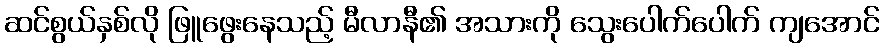
ဆင်စွယ်နှစ်လို ဖြူဖွေးနေသည့် မီလာနီ၏ အသားကို သွေးပေါက်ပေါက် ကျအောင်